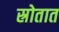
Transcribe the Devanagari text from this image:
स्रोतात